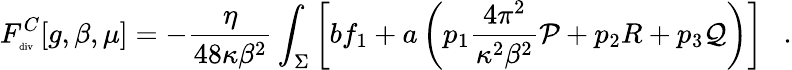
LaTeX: F_{\tiny\mathrm{div}}^{C}[g,\beta,\mu]=-{\frac{\eta}{48\kappa\beta^{2}}}\int_{\Sigma}\left[bf_{1}+a\left(p_{1}{\frac{4\pi^{2}}{\kappa^{2}\beta^{2}}}{\cal P}+p_{2}R+p_{3}{\cal Q}\right)\right]~~~.